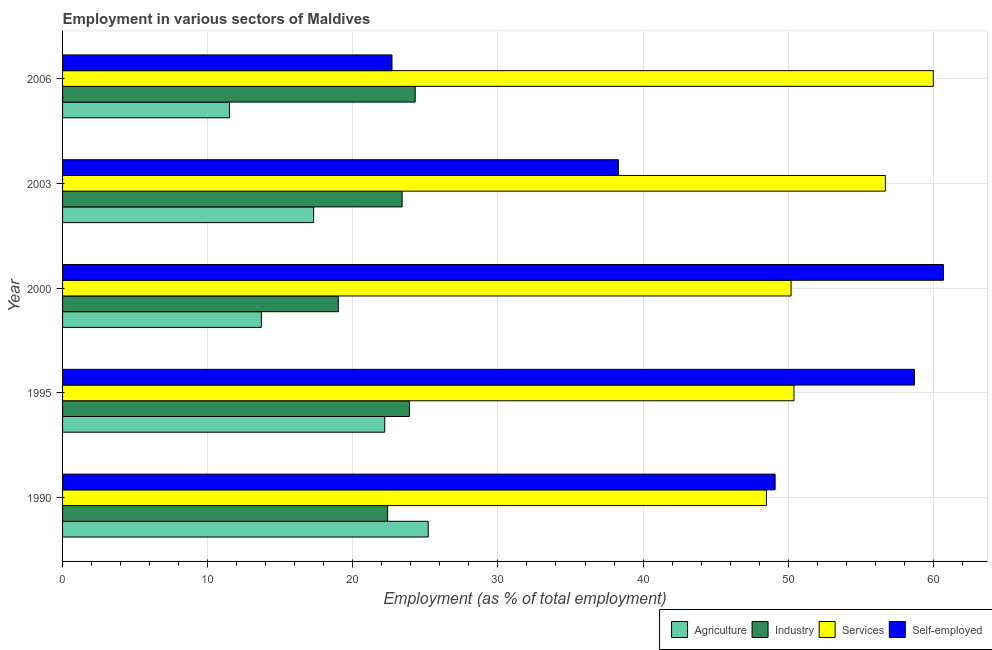
| Year | Agriculture | Industry | Services | Self-employed |
 | --- | --- | --- | --- | --- |
 | 1990 | 25.2 | 22.4 | 48.5 | 49.1 |
 | 1995 | 22.2 | 23.9 | 50.4 | 58.7 |
 | 2000 | 13.7 | 19 | 50.2 | 60.7 |
 | 2003 | 17.3 | 23.4 | 56.7 | 38.3 |
 | 2006 | 11.5 | 24.3 | 60 | 22.7 |